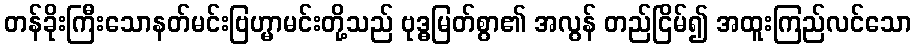
တန်ခိုးကြီးသောနတ်မင်းဗြဟ္မာမင်းတို့သည် ဗုဒ္ဓမြတ်စွာ၏ အလွန် တည်ငြိမ်၍ အထူးကြည်လင်သော